Indian journal of veterinary science and animal husbandry - Volumes 22-23, 1952-1953
Year: 1952
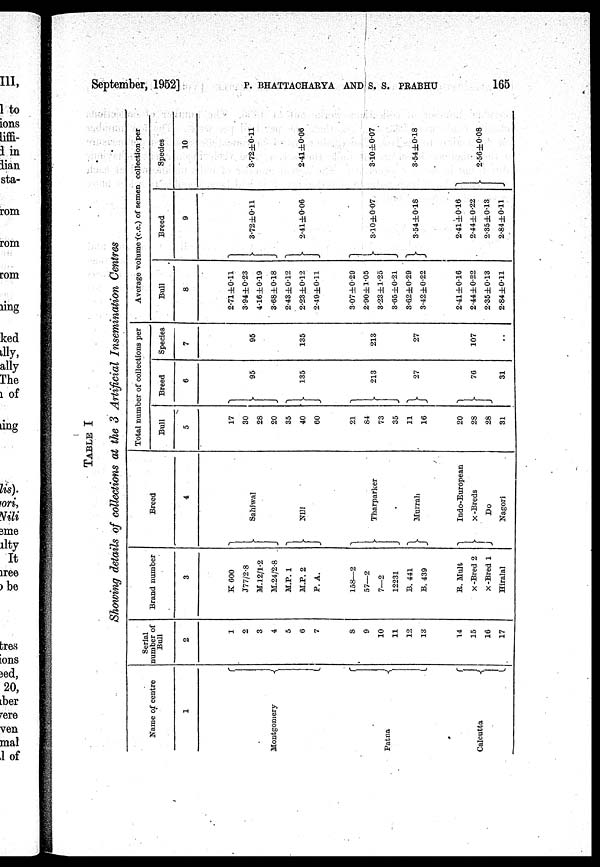
September, 1952] P. BHATTACHARYA AND S. S. PRABHU 165
TABLE I
Showing details of collections at the 3 Artificial Insemination Centres
Name of centre
1
Montgomery
Patna
Calcutta
Serial
number of
Bull
2
1
2
3
4
5
6
8
9
10
11
12
13
14
15
16
17
Brand number
3
K 600
J77/2.8
M.12/1.2
M.24/2.8
M.P. 1
M.P. 2
P. A.
158—2
57—2
7—2
12231
B. 441
B. 439
R. Mult
x -Bred 2
x -Bred 1
Hiralal
Breed
4
Sahiwal
Nili
Tharparker
Murrah
Indo-European
x
-Breds
Do
Nagori
Total number of collections per
Bull
5
17
30
28
20
35
40
60
21
84
73
35
11
16
20
28
28
31
Breed
6
95
135
213
27
76
31
Species
7
95
135
213
27
107
. .
Average volume (c.c.) of semen collection per
Bull
8
2.71±0.11
3.94±0.23
4.16±0.19
3.68±0.18
2.43±0.12
2.23±0.12
2.49±0.11
3.07±0.29
2.90±1.05
3.23 ±1.25
3.65±0.21
3.62±0.29
3.42±0.22
2.41 ±0.16
2.44±0.22
2.35 ±0.13
2.84±0.11
Breed
9
3.72±0.11
2.41±0.06
3.10±0.07
3.54±0.18
2.41±0.16
2.44±0.22
2.35±0.13
2.84±0.11
Species
10
3.72±0.11
2.41±0.06
3.10±0.07
3.54±0.18
2.56±0.08